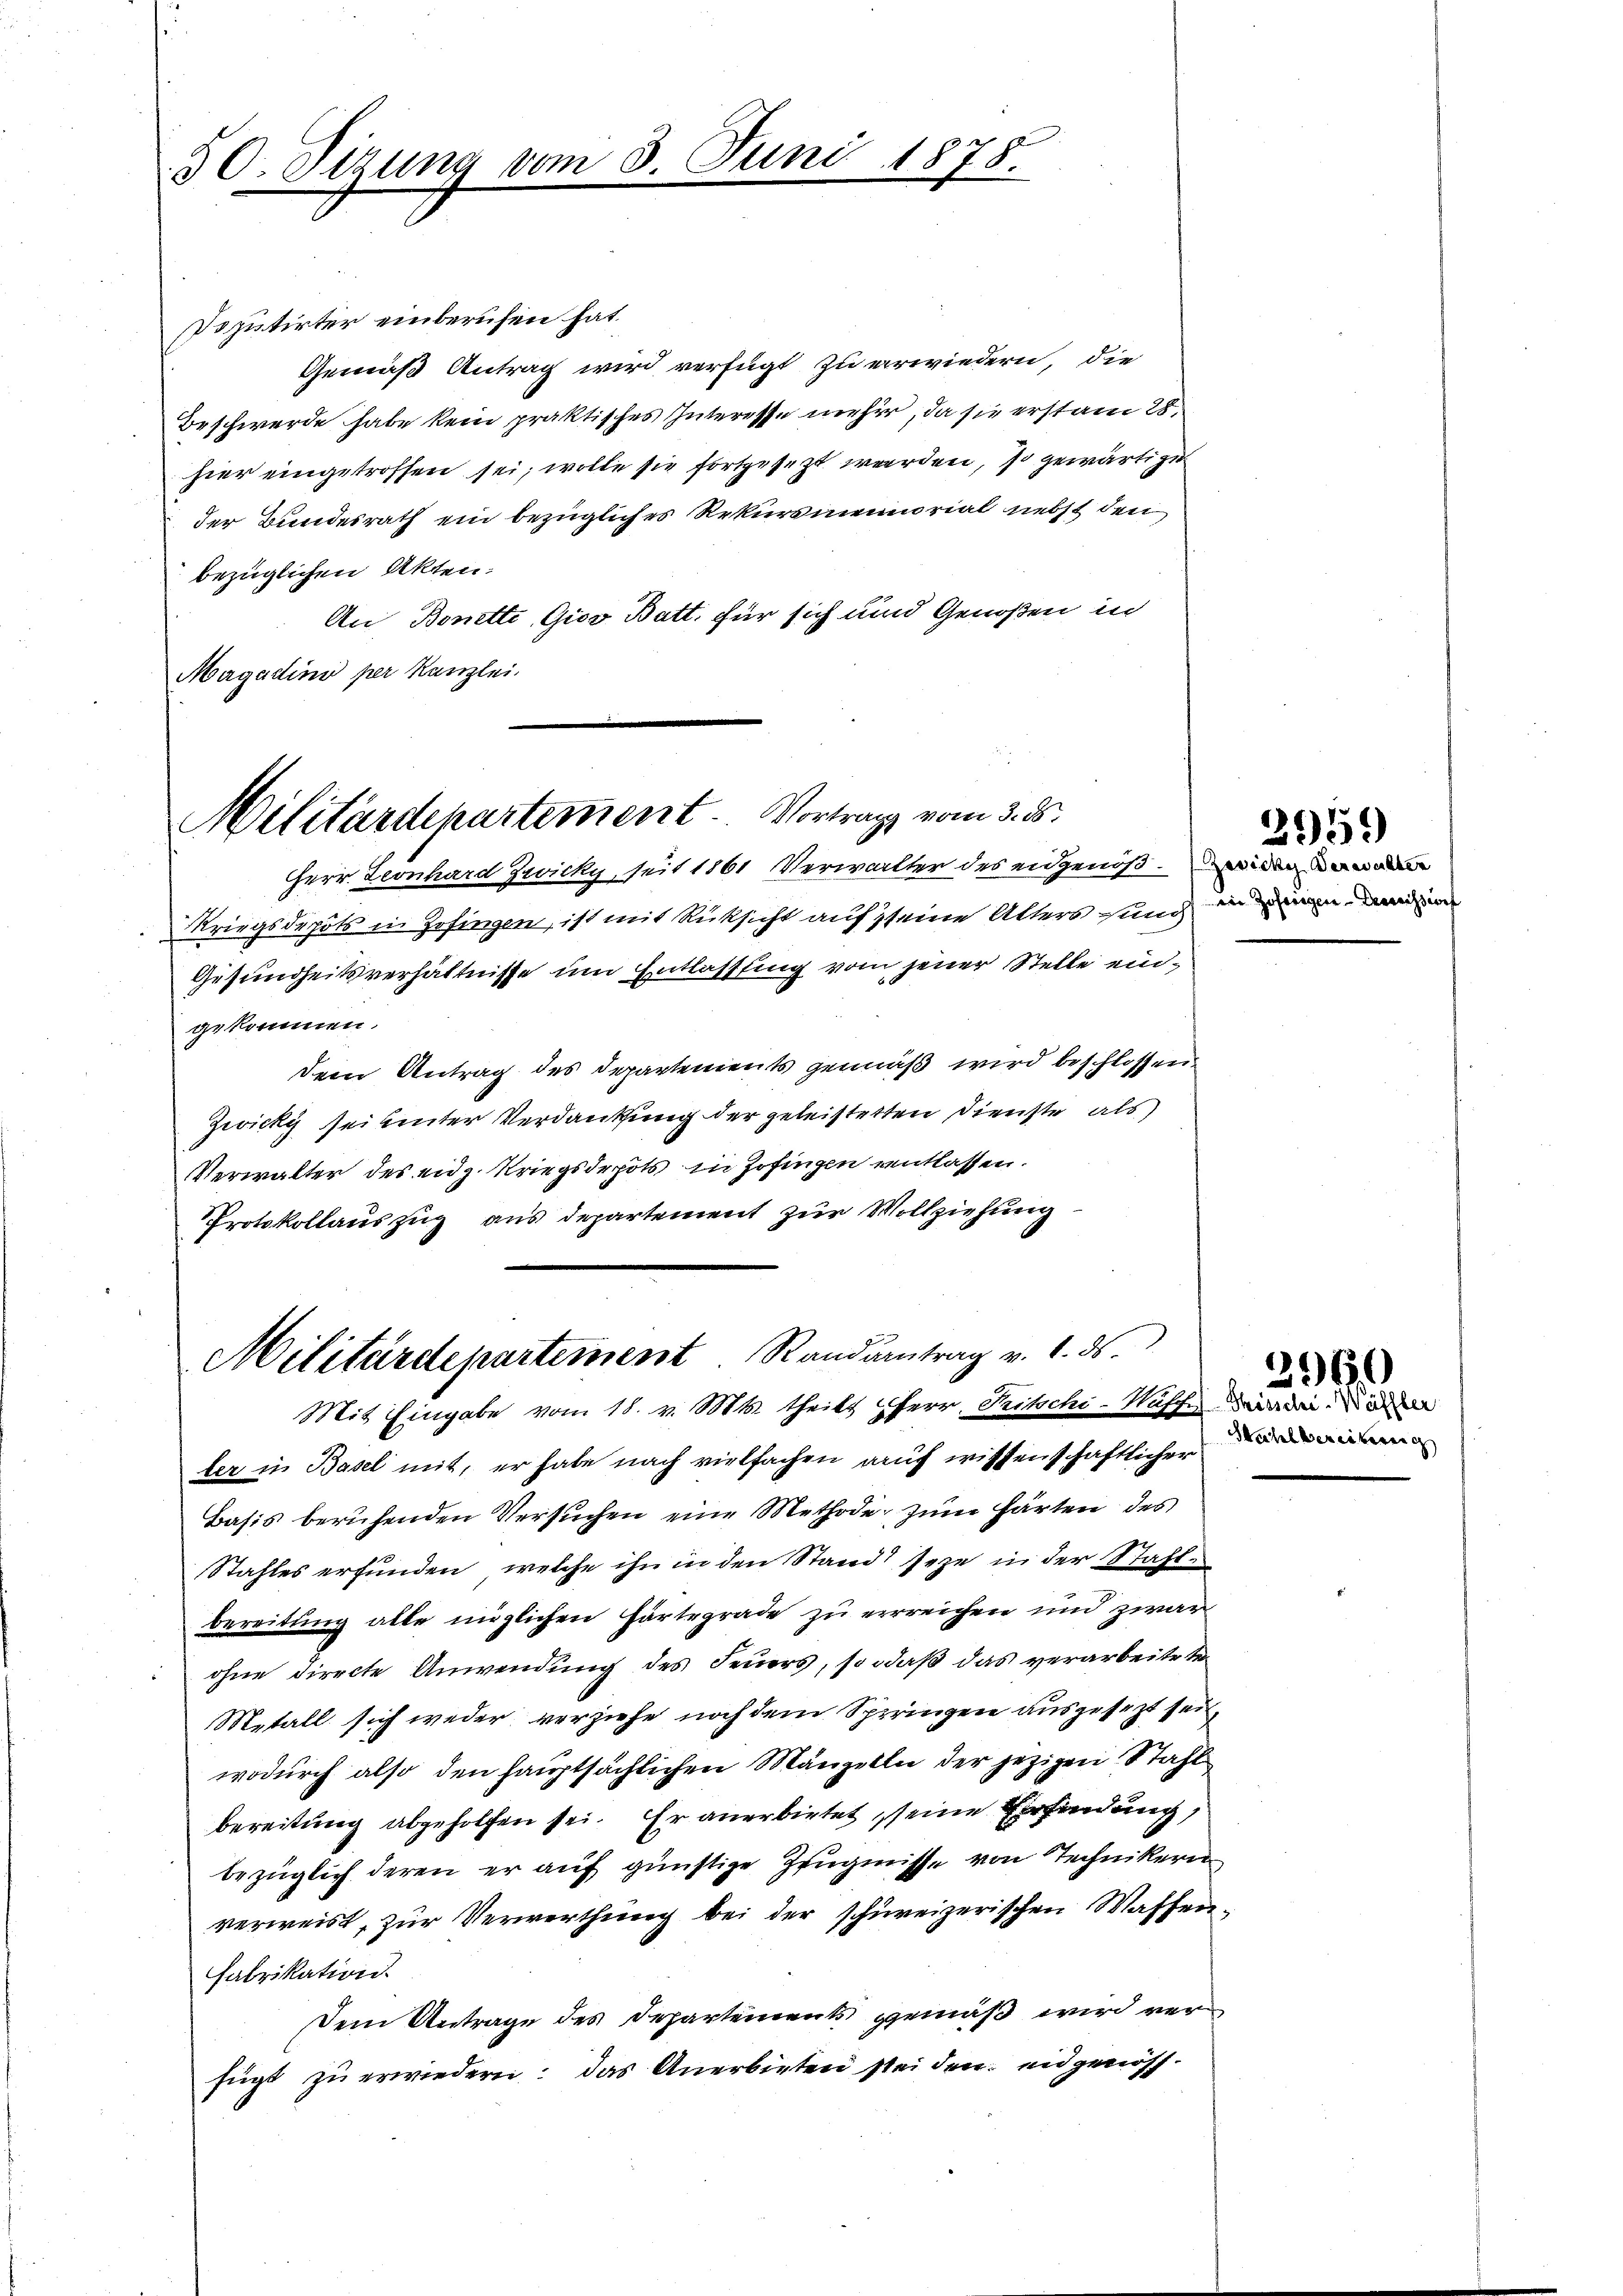
50. Sizung vom 3. Juni 1878.

Deputirter einberufen hat.
Gemäß Antrag wird verfügt zu erwiedern, die
Beschwerde habe kein praktisches Interesse mehrer, da sie erstan 28.
hier eingetroffen sei, wolle sie fortgesezt werden, so gewärtige
der Bundesrath ein bezügliches Rekursmemorial nebst den
bezüglichen Akten.
An Bonette Gios Batt. für sich und Genoßen in
Magadino per Kanzlei.

Militärdepartement. Vortrag vom 3. ds.
Herr Leonhard Zwicky seit 1861 Verwalter des eidgenößen

Militärdepartement. Randantrag v. 1. ds.

Kriegsdepots in Zofingen, ist mit Rücksicht auf seine Alters und den
Gesundheitsverhältnisse um Entlassung vom jener Stelle eingekommen.
dem Antrag des Departements gemäß wird beschlossen.
Zwicky sei unter Verdankung der geleistetten Dienste als
Verwalter des eidg. Kriegsdepots in Zofingen ventlassen.
Protokollauszug aus departement zur Vollziehung
Mit Eingabe vom 18. v. Mts. theils herr, Fritschi-Waffen wird. Dien
ler in Basel mit, er habe nach vielfachen auf wissenschaftlicher
Basis beruhenden Versuchen eine Methode zum Härten des
Stahles erfunden, welche ihn in den Stand seye in der Stahle
bereitung alle möglichen Förtegrade zu errreichen und zwar
ohne directe Anwendung des Feuers, so daß das verarbeiteten
Metall sich weder verziehe noch dem Springen ausgesezt sei,
wodurch also den hauptsächlichen Manzelle der jezigen Stahl
bereitung abgeholfen sei. Er anerbietet seine Erfindung,
bezüglich deren er auf günstige Zeugnisse von Technikern
verweist, zur Verwerthung bei der schweizerischen Waffen¬
Fabrikation.
Dem Antrage des Departements gemäß wird verfügt zu erwiedern: das Anerbieten steiden. eidgenös¬

2959)

Mahl beriebereic

2960